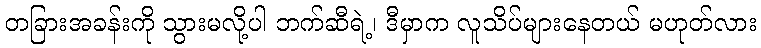
တခြားအခန်းကို သွားမလို့ပါ ဘက်ဆီရဲ့၊ ဒီမှာက လူသိပ်များနေတယ် မဟုတ်လား